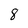
Character: 8